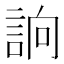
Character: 𧧦